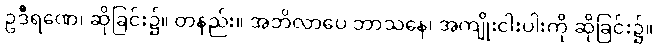
ဥဒီရဏေ၊ ဆိုခြင်း၌။ တနည်း။ အဘိလာပေ ဘာသနေ၊ အကျိုးငါးပါးကို ဆိုခြင်း၌။